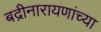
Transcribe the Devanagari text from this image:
बद्रीनारायणांच्या